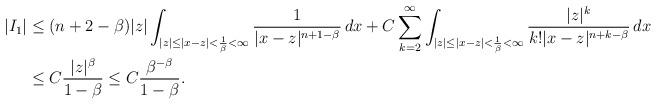
LaTeX: \begin{align*}|I_1|&\leq (n+2-\beta)|z|\int_{|z|\leq|x-z|<\frac{1}{\beta}<\infty}\frac{1}{|x-z|^{n+1-\beta}}\,dx+C\sum_{k=2}^\infty \int_{|z|\leq|x-z|<\frac{1}{\beta}<\infty}\frac{|z|^k}{k!|x-z|^{n+k-\beta}}\,dx\\&\leq C\frac{|z|^\beta}{1-\beta}\leq C\frac{\beta^{-\beta}}{1-\beta}.\end{align*}